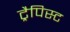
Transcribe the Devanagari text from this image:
ट्रैपिस्ट